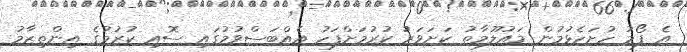
އެ ފޯމު ހުށަހެޅުމުން މައުލޫމާތު ކަށަވަރު ކުރުމަށްފަހު އެއްބަސްވުމުގައި ސޮއި ކުރުމުގެ އިންތިޒާމު